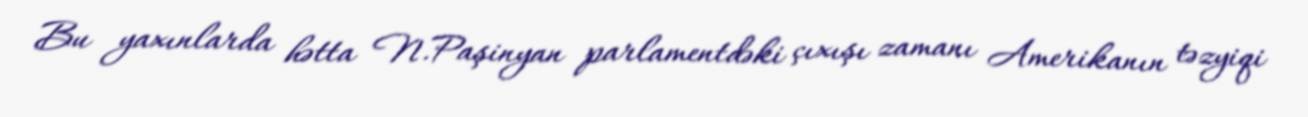
Bu yaxınlarda hətta N.Paşinyan parlamentdəki çıxışı zamanı Amerikanın təzyiqi